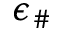
\epsilon _ { \# }